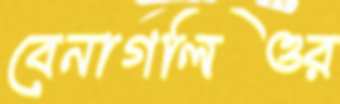
বেনাগলিওর